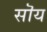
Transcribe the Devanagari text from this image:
सॊय